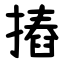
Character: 摏